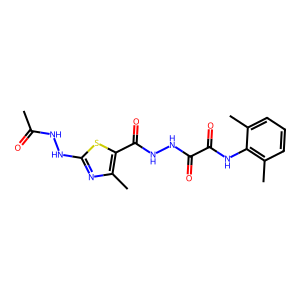
SMILES: CC(=O)NNc1nc(C)c(C(=O)NNC(=O)C(=O)Nc2c(C)cccc2C)s1
Inhibits HIV replication: No